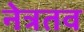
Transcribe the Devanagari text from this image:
नेत्रतव